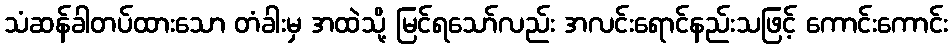
သံဆန်ခါတပ်ထားသော တံခါးမှ အထဲသို့ မြင်ရသော်လည်း အလင်းရောင်နည်းသဖြင့် ကောင်းကောင်း